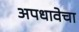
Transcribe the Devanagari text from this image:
अपधावेचा